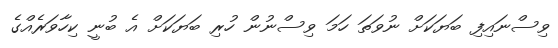
ވިސްނައިފި ބަޔަކަށް ނުވަތަ ހަމަ ވިސްނުން ހުރި ބަޔަކަށް އެ ބުނީ ކިހާވަރެއްގެ